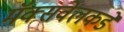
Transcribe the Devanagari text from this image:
मॅक्सवेलकडे